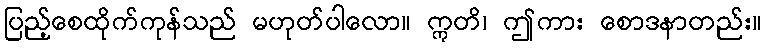
ပြည့်စေထိုက်ကုန်သည် မဟုတ်ပါလော။ ဣတိ၊ ဤကား စောဒနာတည်း။